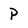
Character: p